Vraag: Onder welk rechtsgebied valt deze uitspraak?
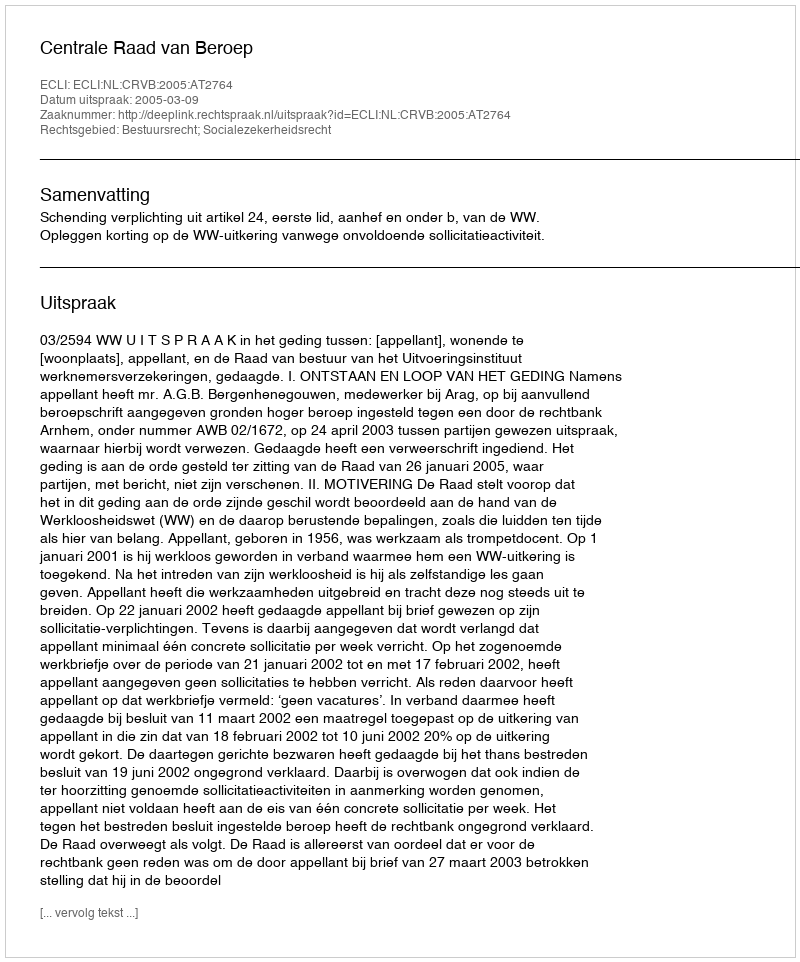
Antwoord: Bestuursrecht; Socialezekerheidsrecht